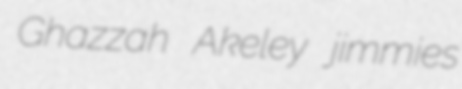
Ghazzah Akeley jimmies